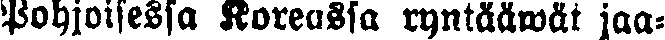
Pohjoisessa Koreassa ryntääwät jaa-